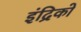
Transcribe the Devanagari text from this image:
इंद्रिको